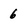
Character: 6